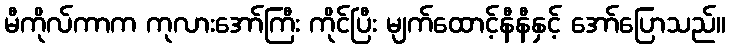
မီကိုလ်ကာက ကုလားအော်ကြီး ကိုင်ပြီး မျက်ထောင့်နီနီနှင့် အော်ပြောသည်။